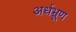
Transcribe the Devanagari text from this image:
अर्धभ्रूण